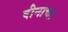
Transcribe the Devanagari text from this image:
दीनाचा